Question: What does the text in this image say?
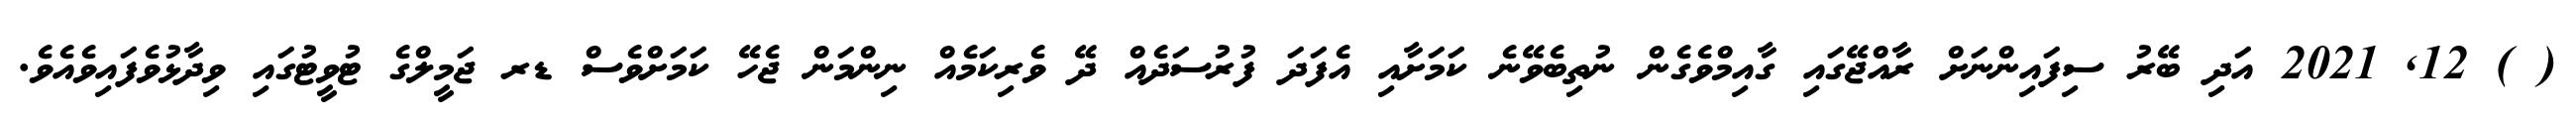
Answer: ( ) 12, 2021 އަދި ބޭރު ސިފައިންނަށް ރާއްޖޭގައި ގާއިމްވެގެން ނުތިބެވޭނެ ކަމަށާއި އެފަދަ ފުރުސަދެއް ދޭ ވެރިކަމެއް ނިންމަން ޖެހޭ ކަމަށްވެސް ޑރ ޖަމީލްގެ ޓުވީޓުގައި ވިދާޅުވެފައިވެއެވެ.